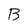
Character: B